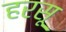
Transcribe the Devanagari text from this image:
हरसू